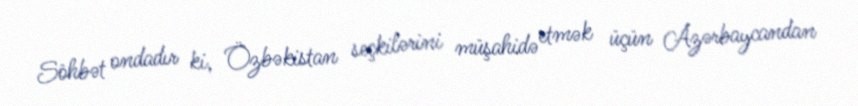
Söhbət ondadır ki, Özbəkistan seçkilərini müşahidə etmək üçün Azərbaycandan